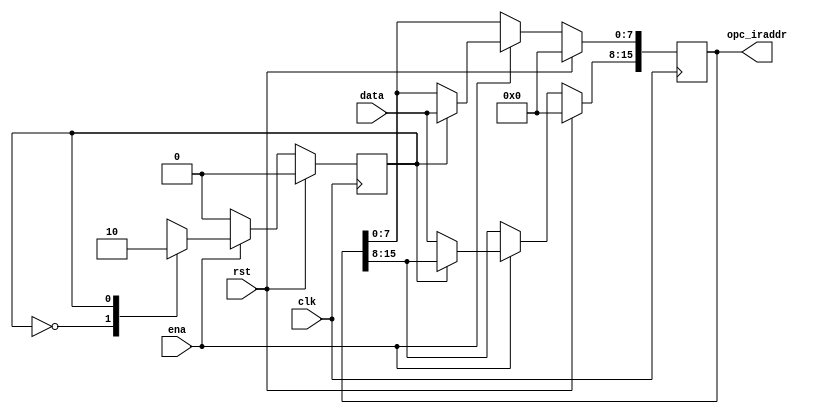
module register(opc_iraddr,data,ena,clk,rst);
output reg	[15:0]	opc_iraddr;
input		[7:0]	data;
input 				ena, clk, rst;
reg					state;
always @(posedge clk)
begin
	if(rst)
		begin
			opc_iraddr	<= 16'b0000_0000_0000_0000;
			state		<= 1'b0;
		end
	else
		begin
			if(ena)	
				begin
					casex(state)
						1'b0:
							begin
								opc_iraddr[15:8]	<= data;
								state				<= 1;
						  	end
						1'b1:
							begin
								opc_iraddr[7:0]		<= data;
								state				<= 0;
							end
						default:
							begin
								opc_iraddr[15:0]	<= 16'bxxxxxxxxxxxxxxxx;
								state				<= 1'bx;
							end
					endcase
				end
			else
				state<=1'b0;
		end
end
endmodule